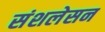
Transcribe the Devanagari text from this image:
संशलेसन